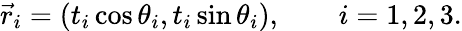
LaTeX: \vec{r}_{i}=(t_{i}\cos\theta_{i},t_{i}\sin\theta_{i}),\qquad i=1,2,3.